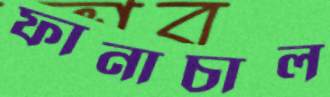
ফানাচাল